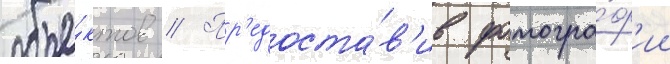
объе́ктов // Пр'едоста́в'ив фотогра́ф'ии